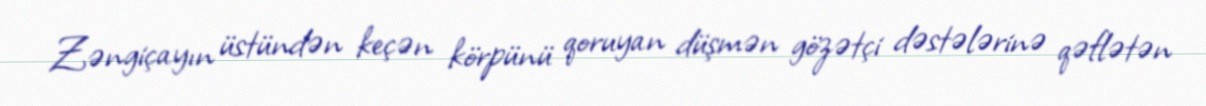
Zəngiçayın üstündən keçən körpünü qoruyan düşmən gözətçi dəstələrinə qəflətən